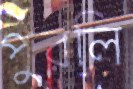
পুরলি